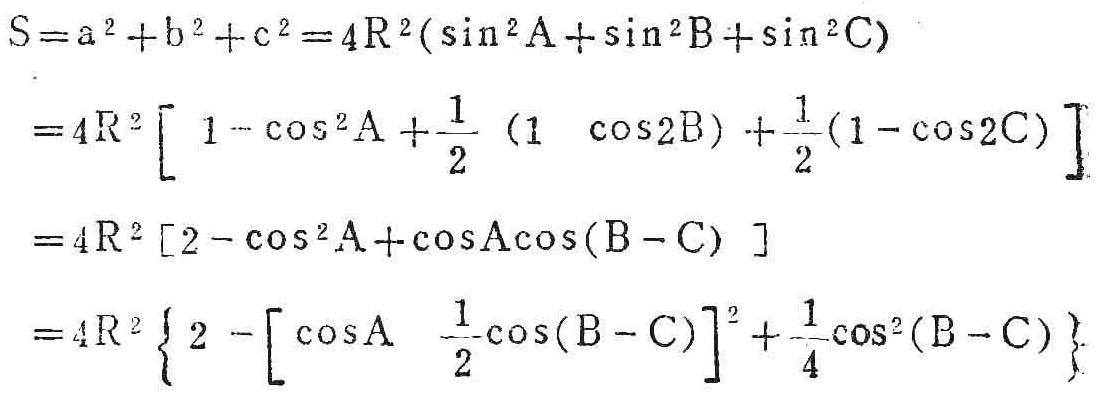
\[
\begin{align*}
S&=a^{2}+b^{2}+c^{2}=4R^{2}(\sin^{2}A+\sin^{2}B+\sin^{2}C)\\
&=4R^{2}\left[1 - \cos^{2}A+\frac{1}{2}(1 - \cos2B)+\frac{1}{2}(1 - \cos2C)\right]\\
&=4R^{2}\left[2-\cos^{2}A+\cos A\cos(B - C)\right]\\
&=4R^{2}\left\{2-\left[\cos A-\frac{1}{2}\cos(B - C)\right]^{2}+\frac{1}{4}\cos^{2}(B - C)\right\}
\end{align*}
\]